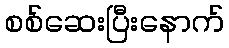
စစ်ဆေးပြီးနောက်